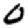
Digit: 0